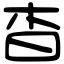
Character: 杳